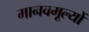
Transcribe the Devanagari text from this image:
मानवमूल्यों